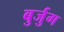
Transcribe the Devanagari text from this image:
बुर्जुग